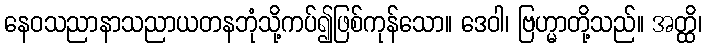
နေဝသညာနာသညာယတနဘုံသို့ကပ်၍ဖြစ်ကုန်သော။ ဒေဝါ၊ ဗြဟ္မာတို့သည်။ အတ္ထိ၊